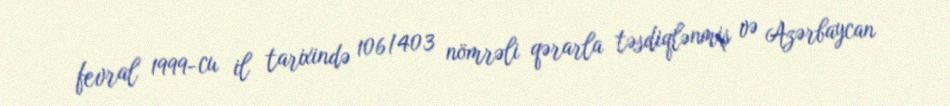
fevral 1999-cu il tarixində 106/403 nömrəli qərarla təsdiqlənmiş və Azərbaycan